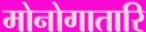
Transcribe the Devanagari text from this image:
मोनोगातारि